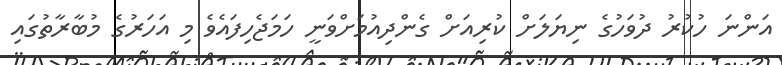
އަންނަ ހުކުރު ދުވަހުގެ ނިޔަލަށް ކުރިއަށް ގެންދިއުމަށްވަނީ ހަމަޖެހިފައެވެ މި އަހަރުގެ މުބާރާތުގައި